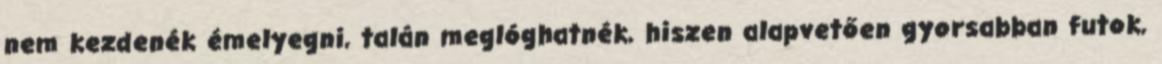
nem kezdenék émelyegni, talán meglóghatnék, hiszen alapvetően gyorsabban futok,